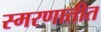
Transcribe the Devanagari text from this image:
स्मरणातीत